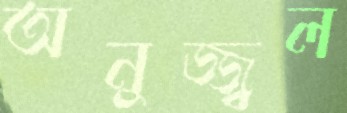
অনুজ্জ্বল